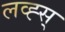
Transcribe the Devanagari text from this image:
लव्ह्स्